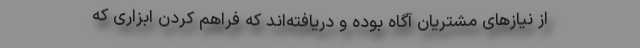
از نیازهای مشتریان آگاه بوده و دریافته‌اند که فراهم کردن ابزاری که